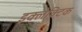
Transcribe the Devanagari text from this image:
इक्लेक्टिक